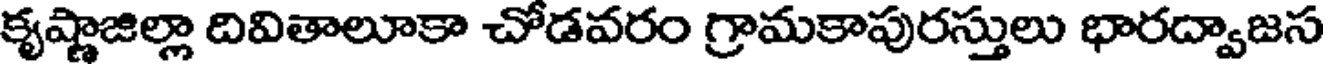
కృష్ణాజిల్లా దివితాలూకా చోడవరం గ్రామకాపురస్తులు భారద్వాజస